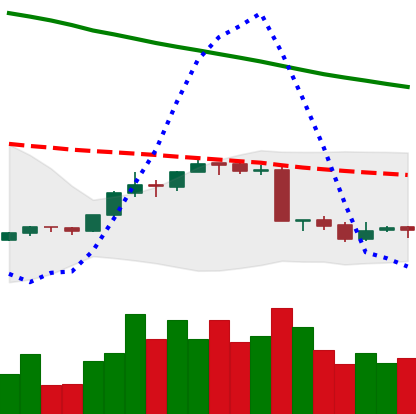
Ticker: EOS-USD
Chart end date: 2018-09-11
Forward return: 8.735%
Label: up_7plus